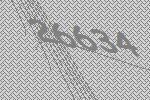
26634